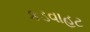
કડવાહટ